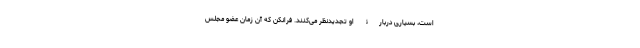
است، بسیاری دربارۀ او تجدید‌نظر می‌کنند. فرانکن که آن زمان عضو مجلس